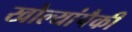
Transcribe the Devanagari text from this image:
खोल्यांपैकी